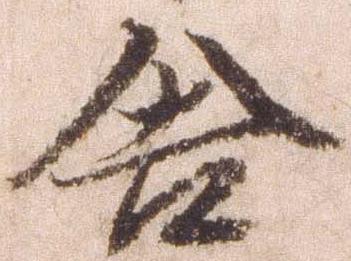
舎